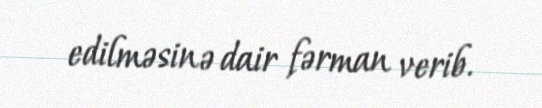
edilməsinə dair fərman verib.